Indian journal of veterinary science and animal husbandry - Volume 5,
Year: 1935
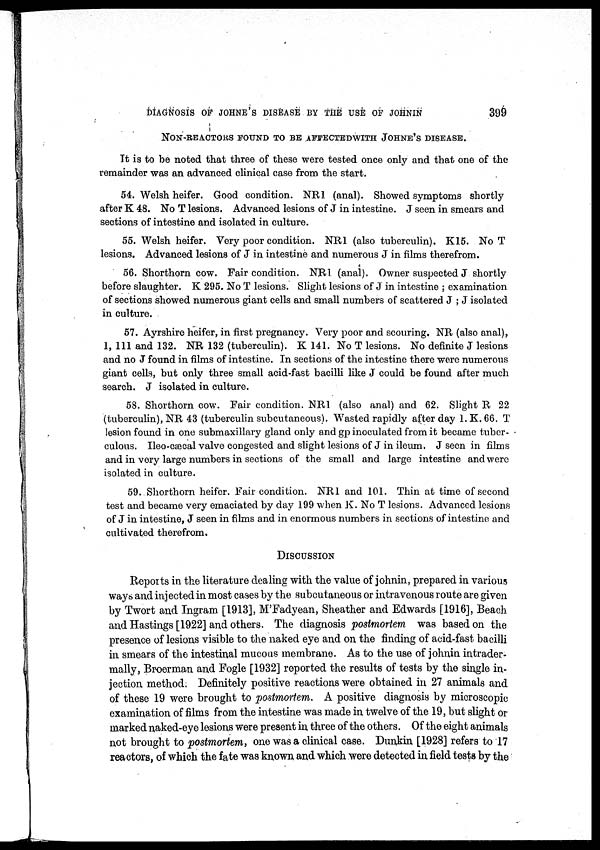
DIAGNOSIS OF JOHNE'S DISEASE BY THE USE OF JOHNIN
399
NON-REACTORS FOUND TO BE AFFECTED WITH JOHNE'S DISEASE.
It is to be noted that three of these were tested once only and that one of the
remainder was an advanced clinical case from the start.
54. Welsh heifer. Good condition. NR1 (anal). Showed symptoms shortly
after K 48. No T lesions. Advanced lesions of J in intestine. J seen in smears and
sections of intestine and isolated in culture.
55. Welsh heifer. Very poor condition. NR1 (also tuberculin). K15. No T
lesions. Advanced lesions of J in intestine and numerous J in films therefrom.
56. Shorthorn cow. Fair condition. NR1 (anal). Owner suspected J shortly
before slaughter. K 295. No T lesions. Slight lesions of J in intestine ; examination
of sections showed numerous giant cells and small numbers of scattered J ; J isolated
in culture.
57. Ayrshire heifer, in first pregnancy. Very poor and scouring. NR (also anal),
1, 111 and 132. NR 132 (tuberculin). K 141. No T lesions. No definite J lesions
and no J found in films of intestine. In sections of the intestine there were numerous
giant cells, but only three small acid-fast bacilli like J could be found after much
search. J isolated in culture.
58. Shorthorn cow. Fair condition. NR1 (also anal) and 62. Slight R 22
(tuberculin), NR 43 (tuberculin subcutaneous). Wasted rapidly after day l. K. 66. T
lesion found in one submaxillary gland only and gp inoculated from it became tuber-
culous. Ileo-cæcal valve congested and slight lesions of J in ileum. J seen in films
and in very large numbers in sections of the small and large intestine and were
isolated in culture.
59. Shorthorn heifer. Fair condition. NR1 and 101. Thin at time of second
test and became very emaciated by day 199 when K. No T lesions. Advanced lesions
of J in intestine, J seen in films and in enormous numbers in sections of intestine and
cultivated therefrom.
DISCUSSION
Reports in the literature dealing with the value of johnin, prepared in various
ways and injected in most cases by the subcutaneous or intravenous route are given
by Twort and Ingram [1913], M'Fadyean, Sheather and Edwards [1916], Beach,
and Hastings [1922] and others. The diagnosis postmortem was based on the
presence of lesions visible to the naked eye and on the finding of acid-fast bacilli
in smears of the intestinal mucous membrane. As to the use of johnin intrader¬
mally, Broerman and Fogle [1932] reported the results of tests by the single in-
jection method. Definitely positive reactions were obtained in 27 animals and
of these 19 were brought to postmortem. A positive diagnosis by microscopic
examination of films from the intestine was made in twelve of the 19, but slight or
marked naked-eye lesions were present in three of the others. Of the eight animals
not brought to postmortem, one was a clinical case. Dunkin [1928] refers to 17
reactors, of which the fate was known and which were detected in field tests by the